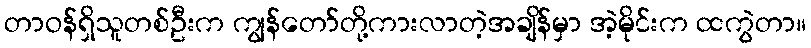
တာဝန်ရှိသူတစ်ဦးက ကျွန်တော်တို့ကားလာတဲ့အချိန်မှာ အဲ့မိုင်းက ထကွဲတာ။